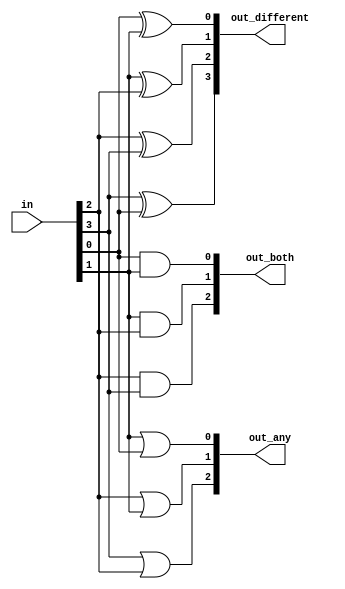
module top_module( 
    input [3:0] in,
    output [2:0] out_both,
    output [3:1] out_any,
    output [3:0] out_different );
    
    // out_both[n]==1 if only both in[n] and in[n+1] are 1
    assign out_both[0] = in[0] & in[1] ;
    assign out_both[1] = in[1] & in[2] ;
    assign out_both[2] = in[2] & in[3] ;
    
    // out_any[n]==1 if only both in[n] and in[n-1] are 1
    assign out_any[1] = in[1] | in[0] ;
    assign out_any[2] = in[2] | in[1] ;
    assign out_any[3] = in[3] | in[2] ;
    
    // out_different[n]==1 if in[n] and in[n+1] are different
    // special case: if n=3, in[n+1]=in[0]
    assign out_different[0]  = in[0] ^ in[1];
    assign out_different[1]  = in[1] ^ in[2];
    assign out_different[2]  = in[2] ^ in[3];
    assign out_different[3]  = in[3] ^ in[0];
    
    // solution above can be simplified with 
    // concantenation operator {} or part select vector [i:j]
    //
    // assign out_both = in[2:0] & in[3:1] ;
    // assign out_any = in[3:1] | in[2:0];
    // assign out_different = in ^ {in[0], in[3:1]};
    
endmodule